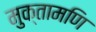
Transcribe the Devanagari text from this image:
मुक्तामणि